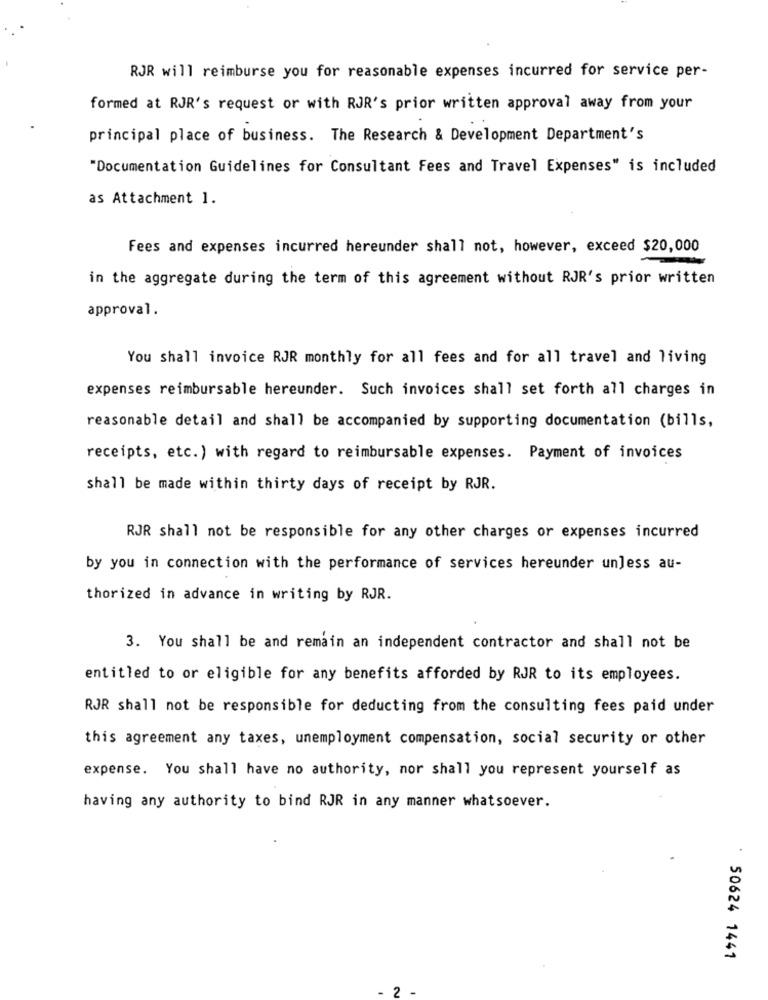
RJR will reimburse you for reasonable expenses incurred for service per-
formed at RJR's request or with RJR's prior written approval away from your
principal place of business. The Research & Development Department's
"Documentation Guidelines for Consultant Fees and Travel Expenses" is included
as Attachment 1.
Fees and expenses incurred hereunder shall not, however, exceed $20,000
in the aggregate during the term of this agreement without RJR's prior written
approval.
You shall invoice RJR monthly for all fees and for all travel and living
expenses reimbursable hereunder. Such invoices shall set forth all charges in
reasonable detail and shall be accompanied by supporting documentation (bills,
receipts, etc.) with regard to reimbursable expenses. Payment of invoices
shall be made within thirty days of receipt by RJR.
RJR shall not be responsible for any other charges or expenses incurred
by you in connection with the performance of services hereunder unless au-
thorized in advance in writing by RJR.
3. You shall be and remain an independent contractor and shall not be
entitled to or eligible for any benefits afforded by RJR to its employees.
RJR shall not be responsible for deducting from the consulting fees paid under
this agreement any taxes, unemployment compensation, social security or other
expense. You shall have no authority, nor shall you represent yourself as
having any authority to bind RJR in any manner whatsoever.
: 50624 1441